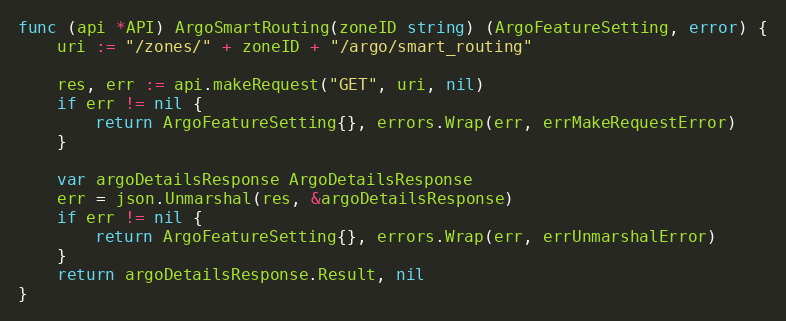
Language: Go
func (api *API) ArgoSmartRouting(zoneID string) (ArgoFeatureSetting, error) {
	uri := "/zones/" + zoneID + "/argo/smart_routing"

	res, err := api.makeRequest("GET", uri, nil)
	if err != nil {
		return ArgoFeatureSetting{}, errors.Wrap(err, errMakeRequestError)
	}

	var argoDetailsResponse ArgoDetailsResponse
	err = json.Unmarshal(res, &argoDetailsResponse)
	if err != nil {
		return ArgoFeatureSetting{}, errors.Wrap(err, errUnmarshalError)
	}
	return argoDetailsResponse.Result, nil
}